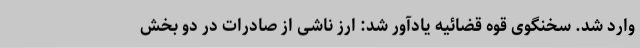
وارد شد. سخنگوی قوه قضائیه یادآور شد: ارز ناشی از صادرات در دو بخش